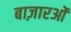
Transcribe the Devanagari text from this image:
बाज़ारओं